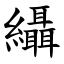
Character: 䌰